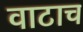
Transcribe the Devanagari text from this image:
वाटाच